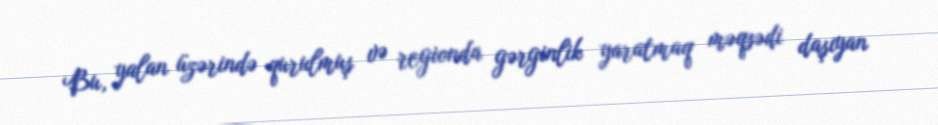
Bu, yalan üzərində qurulmuş və regionda gərginlik yaratmaq məqsədi daşıyan